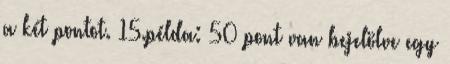
a két pontot. 15.példa: 50 pont van bejelölve egy